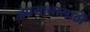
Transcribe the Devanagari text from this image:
अपमानासाठी